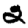
Digit: 2